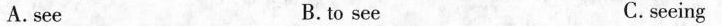
A.see B.to see C.seeing